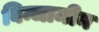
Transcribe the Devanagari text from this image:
बिन्जामीन